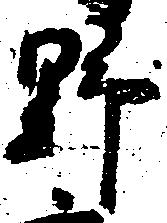
野